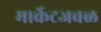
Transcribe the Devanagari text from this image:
मार्केटजवळ